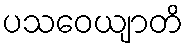
ပသဝေယျာတိ